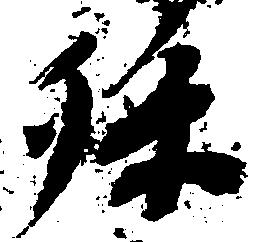
孫